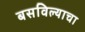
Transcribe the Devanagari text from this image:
बसविल्याचा